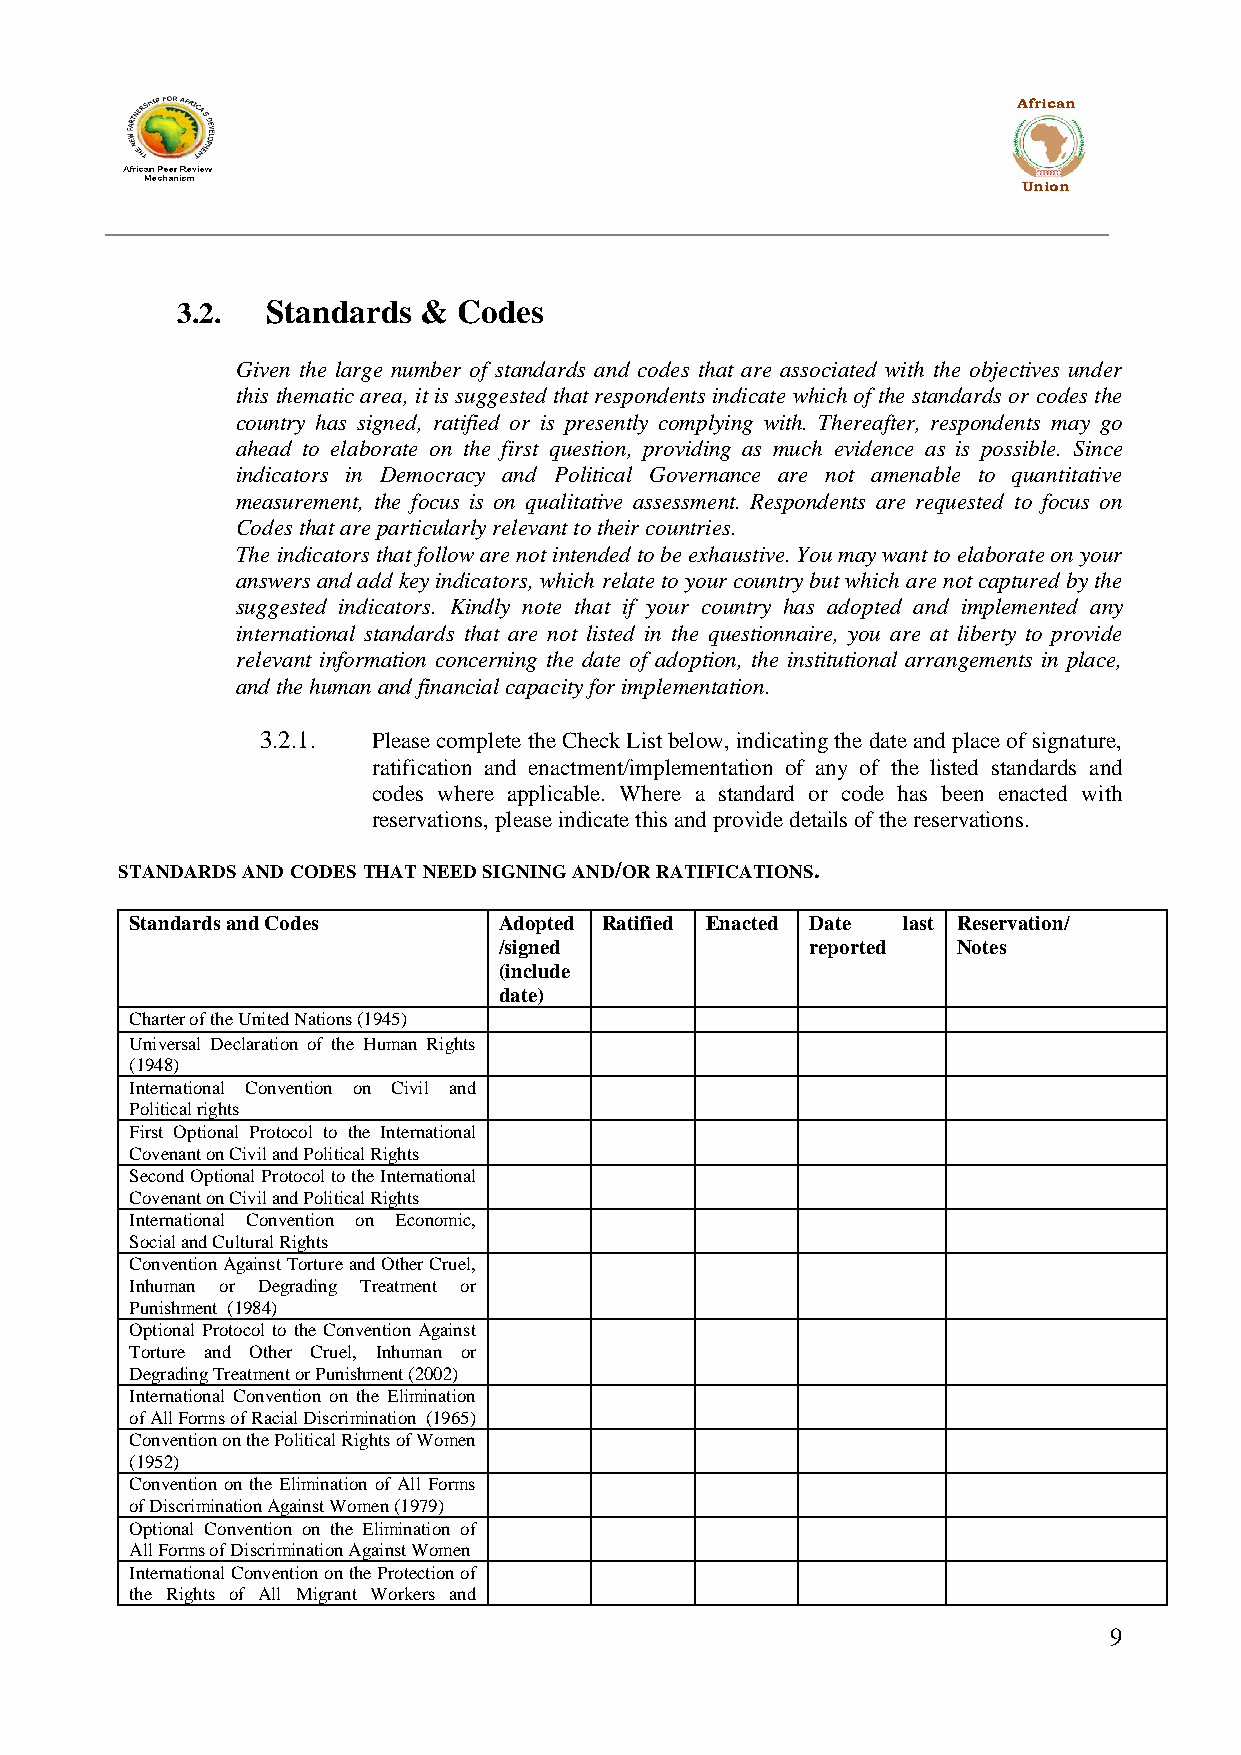
African
 Union
 3.2.  Standards & Codes
 Given the large number of standards and codes that are associated with the objectives under
 this thematic area, it is suggested that respondents indicate which of the standards or codes the
 country has signed, ratified or is presently complying with. Thereafter, respondents may go
 ahead to elaborate on the first question, providing as much evidence as is possible. Since
 indicators in Democracy and Political Governance are not amenable to quantitative
 measurement, the focus is on qualitative assessment. Respondents are requested to focus on
 Codes that are particularly relevant to their countries.
 The indicators that follow are not intended to be exhaustive. You may want to elaborate on your
 answers and add key indicators, which relate to your country but which are not captured by the
 suggested indicators. Kindly note that if your country has adopted and implemented any
 international standards that are not listed in the questionnaire, you are at liberty to provide
 relevant information concerning the date of adoption, the institutional arrangements in place,
 and the human and financial capacity for implementation.
 3.2.1.  Please complete the Check List below, indicating the date and place of signature,
 ratification and enactment/implementation of any of the listed standards and
 codes where applicable. Where a standard or code has been enacted with
 reservations, please indicate this and provide details of the reservations.
 STANDARDS AND CODES THAT NEED SIGNING AND/OR RATIFICATIONS.
 Standards and Codes     Adopted Ratified Enacted Date last Reservation/
 /signed              reported Notes
 (include
 date)
 Charter of the United Nations (1945)
 Universal Declaration of the Human Rights
 (1948)
 International Convention on Civil and
 Political rights
 First Optional Protocol to the International
 Covenant on Civil and Political Rights
 Second Optional Protocol to the International
 Covenant on Civil and Political Rights
 International Convention on Economic,
 Social and Cultural Rights
 Convention Against Torture and Other Cruel,
 Inhuman or Degrading Treatment or
 Punishment (1984)
 Optional Protocol to the Convention Against
 Torture and Other Cruel, Inhuman or
 Degrading Treatment or Punishment (2002)
 International Convention on the Elimination
 of All Forms of Racial Discrimination (1965)
 Convention on the Political Rights of Women
 (1952)
 Convention on the Elimination of All Forms
 of Discrimination Against Women (1979)
 Optional Convention on the Elimination of
 All Forms of Discrimination Against Women
 International Convention on the Protection of
 the Rights of All Migrant Workers and
 9